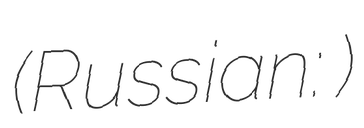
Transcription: (Russian: Чупино)